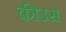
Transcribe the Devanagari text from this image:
कीउस